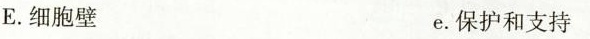
E. 细胞壁 e. 保护和支持